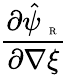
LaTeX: \frac{\partial\hat{\psi}_{\mathrm{~\tiny~R~}}}{\partial{\nabla\xi}}